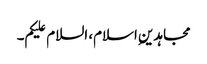
مجاہدین ِاسلام، السلام علیکم۔